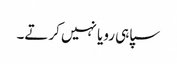
سپاہی رویا نہیں کرتے۔